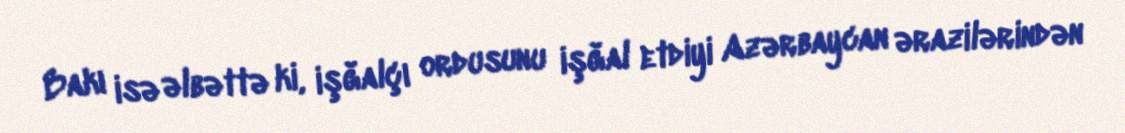
Bakı isə əlbəttə ki, işğalçı ordusunu işğal etdiyi Azərbaycan ərazilərindən